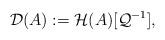
LaTeX: \begin{align*}\mathcal{D}(A):=\mathcal{H}(A)[\mathcal{Q}^{-1}],\end{align*}